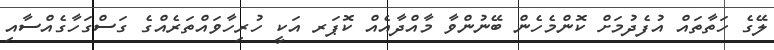
ލޭގެ ހަތާތައް އުފެދުމަށް ކޮންމެހެން ބޭނުންވާ މާއްދާއެއް ކޮޕަރ އަކީ ހުރިހާވައްތަރެއްގެ ގަސްގަހާގެއްސާއި